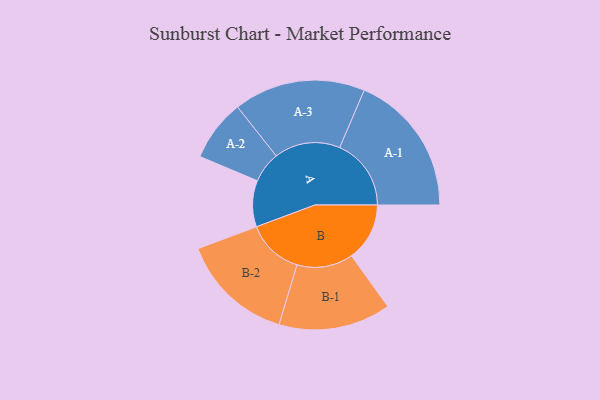
{"axis": {"x": "Segment", "y": "Value"}, "legend": ["", "A", "B"], "data": [{"x": "A", "y": 180, "type": ""}, {"x": "B", "y": 226, "type": ""}, {"x": "A-1", "y": 278, "type": "A"}, {"x": "A-2", "y": 120, "type": "A"}, {"x": "A-3", "y": 256, "type": "A"}, {"x": "B-1", "y": 218, "type": "B"}, {"x": "B-2", "y": 220, "type": "B"}]}